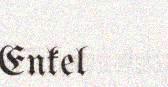
Enkel